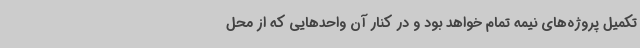
تکمیل پروژه‌های نیمه تمام خواهد بود و در کنار آن واحدهایی که از محل